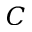
C